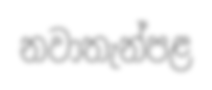
නවාතැන්පළ